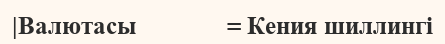
|Валютасы               = Кения шиллингі